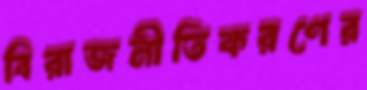
বিরাজনীতিকরণের